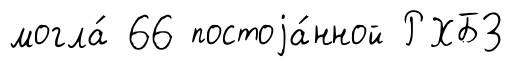
могла́ 66 постоjа́нной РХБЗ